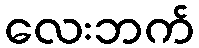
လေးဘက်